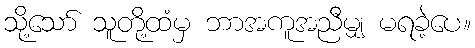
သို့သော် သူတို့ထံမှ ဘာအကူအညီမျှ မရခဲ့ပေ။